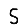
Digit: 5